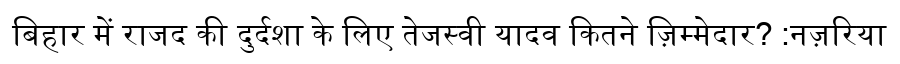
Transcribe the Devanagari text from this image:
बिहार में राजद की दुर्दशा के लिए तेजस्वी यादव कितने ज़िम्मेदार? :नज़रिया